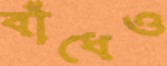
বাঁধেও